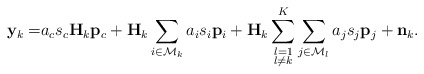
\begin{align*}\mathbf{y}_k=&a_c s_c \mathbf{H}_k\mathbf{p}_c+ \mathbf{H}_k\sum_{i\in \mathcal{M}_k}a_i s_i\mathbf{p}_i+\mathbf{H}_k\sum\limits_{\substack{l=1\\l \neq k}}^{K}\sum\limits_{j\in \mathcal{M}_l}a_j s_j\mathbf{p}_j+ \mathbf{n}_k.\end{align*}